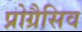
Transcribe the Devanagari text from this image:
प्रोग्रैसिव